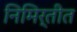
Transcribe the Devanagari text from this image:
निमिर्तीत